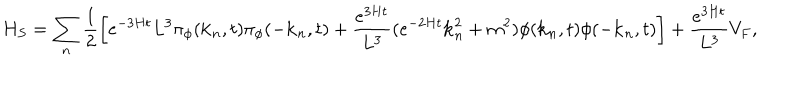
H _ { S } = \sum _ { n } \frac { 1 } { 2 } \left[ e ^ { - 3 H t } L ^ { 3 } \pi _ { \phi } ( { \bf k } _ { n } , t ) \pi _ { \phi } ( - { \bf k } _ { n } , t ) + \frac { e ^ { 3 H t } } { L ^ { 3 } } ( e ^ { - 2 H t } { \bf k } _ { n } ^ { 2 } + m ^ { 2 } ) \phi ( { \bf k } _ { n } , t ) \phi ( - { \bf k } _ { n } , t ) \right] + \frac { e ^ { 3 H t } } { L ^ { 3 } } V _ { F } ,